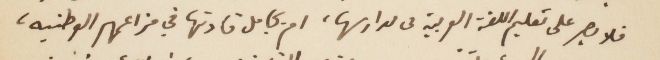
فلا يصر على تعليم اللغة العربية فى مدارسها، ام يجامل قادتها في مزاعمهم الوطنية،